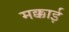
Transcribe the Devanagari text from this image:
मक्काई